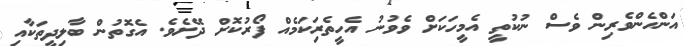
އަންހެންވެރިން ވެސް ނުކުތީ އެމީހަކަށް ވެވުނު އެހީތެރިަކަމެއް ފޯރުކޮށް ދޭށެވެ. އެގޮތުން ބާލިދީތަކާއި